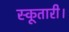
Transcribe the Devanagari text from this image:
स्कूतारी।